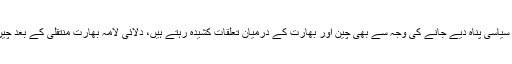
دلائی لامہ کو بھارت کی جانب سے سیاسی پناہ دیے جانے کی وجہ سے بھی چین اور بھارت کے درمیان تعلقات کشیدہ رہتے ہیں، دلائی لامہ بھارت منتقلی کے بعد چین مخالف بیانات بھی دیتے رہتے ہیں۔